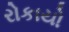
રોકાયો